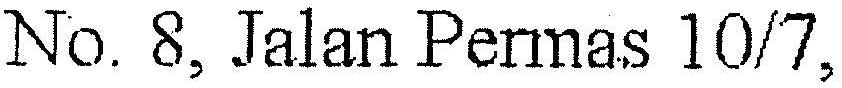
NO. 8, JALAN PERMAS 10/7,